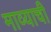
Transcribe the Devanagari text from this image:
माव्याची